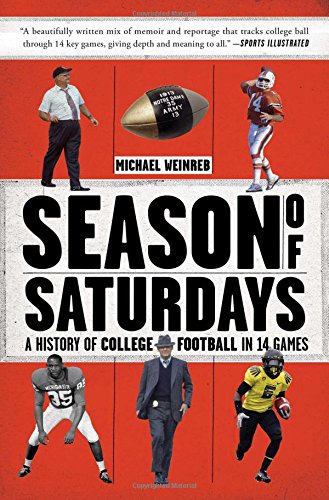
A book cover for Season of Saturdays: A History of College Football in 14 Games; Michael Weinreb; Sports & Outdoors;